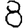
Digit: 8